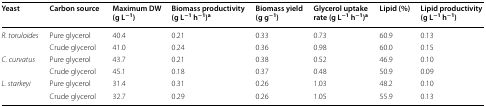
| Yeast | Carbon source | Maximum DW (g L−1) | Biomass productivity (g L−1 h−1)a | Biomass yield (g g−1) | Glycerol uptake rate (g L−1 h−1)a | Lipid (%) | Lipid productivity (g L−1 h−1) |
 | --- | --- | --- | --- | --- | --- | --- | --- |
 | <ROWSPAN=2> R. toruloides | Pure glycerol | 40.4 | 0.21 | 0.33 | 0.73 | 60.9 | 0.13 |
 | Crude glycerol | 41.0 | 0.24 | 0.36 | 0.98 | 60.0 | 0.15 |
 | <ROWSPAN=2> C. curvatus | Pure glycerol | 43.7 | 0.21 | 0.38 | 0.52 | 46.9 | 0.10 |
 | Crude glycerol | 45.1 | 0.18 | 0.37 | 0.48 | 50.9 | 0.09 |
 | <ROWSPAN=2> L. starkeyi | Pure glycerol | 31.4 | 0.31 | 0.26 | 1.03 | 48.2 | 0.10 |
 | Crude glycerol | 32.7 | 0.29 | 0.26 | 1.05 | 55.9 | 0.13 |